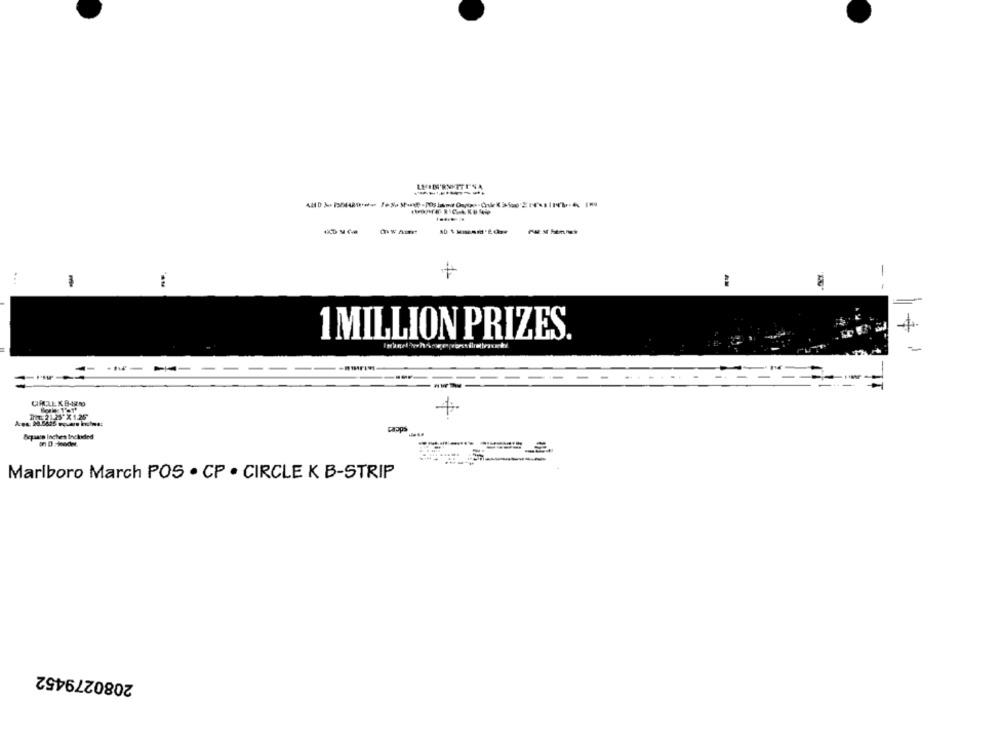
----------
...
--
1 MILLION PRIZES.
-
==
THE 2 :25"X 125
Papps
Bcpaare Inches Included
----
Marlboro March POS . CP . CIRCLE K B-STRIP
2080279452